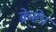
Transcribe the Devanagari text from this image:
क्रेसेप